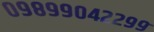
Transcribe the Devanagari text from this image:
०९८९९०४२२९९